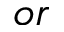
o r